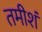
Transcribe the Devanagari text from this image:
तमीशं